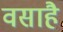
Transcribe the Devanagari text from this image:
वसाहै